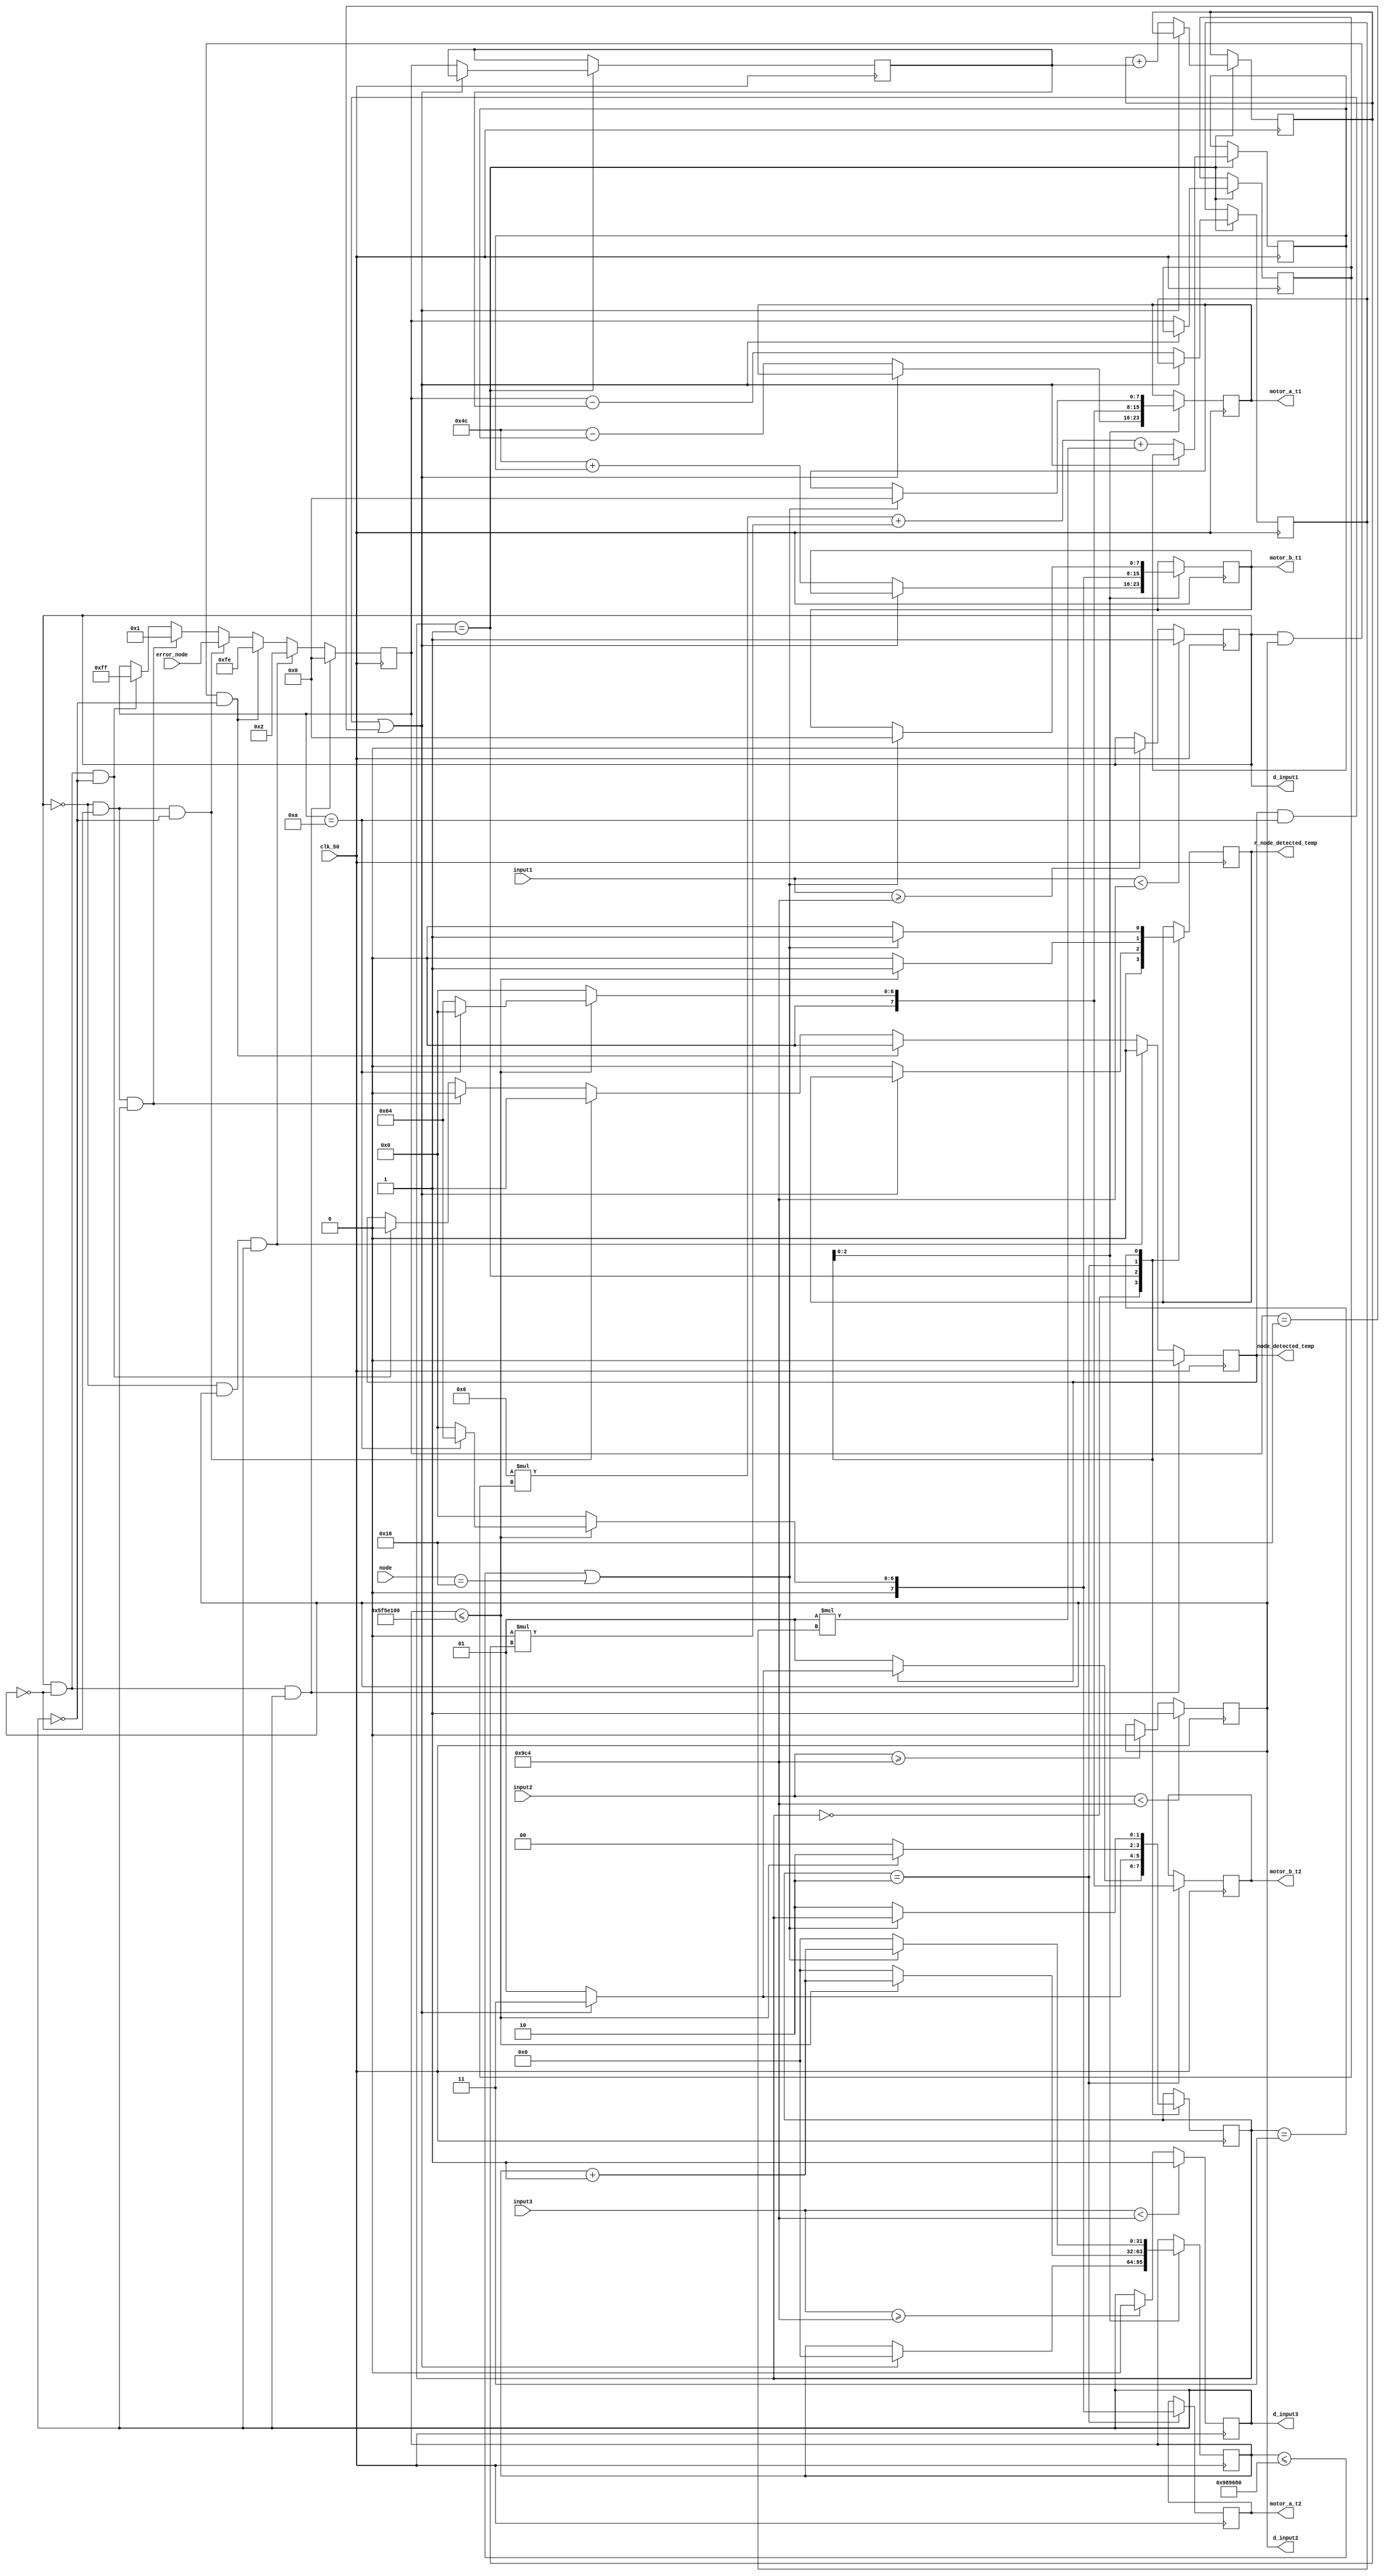
module SM1153_line_follower(
	input clk_50,
	input [11:0]input1,
	input [11:0]input2,
	input [11:0]input3,
	output d_input1,
	output d_input2,
	output d_input3,
	output [7:0]motor_a_t1,
	output [7:0]motor_a_t2,
	output [7:0]motor_b_t1,
	output [7:0]motor_b_t2,
	input [7:0]error_node,
	output node_detected_temp,
	output r_node_detected_temp,
	input [5:0]node
);
//reg signed[4:0] a=30;
//reg signed[4:0] b=40;
reg node_detected=0;
reg signed [7:0] motor_a_t1_temp=76;//left //74

reg signed [7:0]motor_b_t1_temp=76;//right//74

reg signed[7:0] kp=6;//14//16//4.25
reg signed[7:0] kd=1.2;//7.3//7.38
reg signed[7:0] ki=0;
reg signed[7:0] error=0;
reg signed[7:0] previous_error=0;

reg signed[7:0] p=0;
reg signed[7:0] i=0;
reg signed[7:0] d=0;
reg signed[7:0] pid_value;
parameter thres_lower=300;
parameter thres_upper=2500;
reg digital_input1;
reg digital_input2;
reg digital_input3;

always@(posedge clk_50)begin
if(input1 < thres_upper)
digital_input1<=1'b1;
else if (input1>=thres_upper) digital_input1<=1'b0;
if(input2<thres_upper)
digital_input2<=1'b1;
else if(input2>=thres_upper) digital_input2<=1'b0;
if(input3<thres_upper)
digital_input3<=1'b1;
else  if (input3>=thres_upper) digital_input3<=1'b0;

end
assign d_input1=digital_input1;
assign d_input2=digital_input2;
assign d_input3=digital_input3;
reg r_node_detected;
always@(posedge clk_50)begin

if(digital_input1==1 && digital_input2==0 && digital_input3==1)begin
error<=0;
node_detected<=0;
end
else if(digital_input1==0 && digital_input2==1 && digital_input3==1)begin
error<=2;
node_detected<=0;
end
else if(digital_input1==1 && digital_input2==1 && digital_input3==0)begin//when dinput1 and all other 0 error = -2
error<=-2;
node_detected<=0;
end
//////////////////////////////////
else if(digital_input1==0 && digital_input2==0 && digital_input3==0)begin
///node_detected
node_detected<=1;
error<=error_node;//for now
end
else if(digital_input1==0 && digital_input2==0 && digital_input3==1)begin
node_detected<=0;
error<=1;
end
else if(digital_input1==1 && digital_input2==0 && digital_input3==0)begin
node_detected<=0;
error<=-1;
end

//////////////////////////////////
end
reg signed[7:0]motor_a;
reg signed[7:0]motor_b;
reg signed[7:0]motor_a1=0;
reg signed[7:0]motor_b1=0;
reg [1:0]state=IDLE;
parameter IDLE=2'b00;
parameter PID=2'b01;
parameter hold=2'b10;
parameter stop=2'b11;
reg [31:0]count_delay=0;
parameter delay=100000000;
parameter delay_stop=10000000;

always@(posedge clk_50)begin
case(state)
IDLE:
	begin
	if(node==22)begin
	state<=stop;
	end
	r_node_detected<=0;
	 if(node_detected==0)begin
	 state<=PID;
	 end
	 else if(node_detected==1 && error==10 || error==-10)begin
	 state<=stop;
	 end
	 else state<=PID;
	end
PID:
	begin
	if(node==22)begin
	state<=node;
	end
	if(node_detected==1 && error ==10 || error==-10)begin
	count_delay<=0;
	state<=stop;
	end
	else begin
	r_node_detected<=0;
	p<=error;
	i<=i+previous_error;
	d<=error-previous_error;
	previous_error<=error;
	pid_value<=kp*p + ki*i+kd*d;
	motor_a<=motor_a_t1_temp-pid_value;
	motor_b<=motor_b_t1_temp+pid_value;
	state<=PID;
	end
	end
hold:
	begin
	if(count_delay<=delay)
begin
	count_delay<=count_delay+1;
	r_node_detected<=1;
	if(error==10)begin
	motor_a<=0;
	motor_b<=100;
	motor_a1<=100;
	motor_b1<=0;
	end
	else begin
	motor_a<=100;
	motor_b<=0;
	motor_a1<=0;
	motor_b1<=100;
	end
	state<=hold;
end
	else begin
	motor_a<=0;
	motor_b<=0;
	motor_a1<=0;
	motor_b1<=0;
	count_delay<=0;
	r_node_detected<=0;
	state<=IDLE;
	
	end
	end
stop: 
	begin
	if(count_delay<=delay_stop||node==22)begin
	count_delay<=count_delay+1;
	motor_a<=0;
	motor_b<=0;
	r_node_detected<=1;
	
	end
	else begin
	count_delay<=0;
	r_node_detected<=0;
	state<=hold;
	end
	end
endcase
end
assign motor_a_t1=motor_a;
assign motor_b_t1=motor_b;
assign motor_a_t2=motor_a1;
assign motor_b_t2=motor_b1;
assign node_detected_temp=node_detected;
assign r_node_detected_temp=r_node_detected;

endmodule